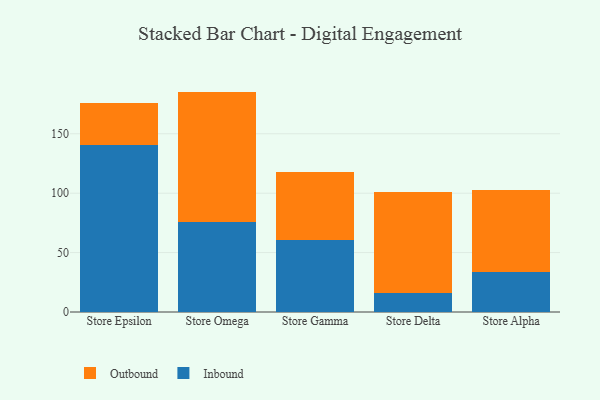
{"axis": {"x": "Store", "y": "Conversion Rate (%)"}, "legend": ["Inbound", "Outbound"], "data": [{"x": "Store Epsilon", "y": 140.9, "type": "Inbound"}, {"x": "Store Epsilon", "y": 34.6, "type": "Outbound"}, {"x": "Store Omega", "y": 75.7, "type": "Inbound"}, {"x": "Store Omega", "y": 109.8, "type": "Outbound"}, {"x": "Store Gamma", "y": 60.7, "type": "Inbound"}, {"x": "Store Gamma", "y": 56.8, "type": "Outbound"}, {"x": "Store Delta", "y": 16.0, "type": "Inbound"}, {"x": "Store Delta", "y": 84.7, "type": "Outbound"}, {"x": "Store Alpha", "y": 33.8, "type": "Inbound"}, {"x": "Store Alpha", "y": 68.5, "type": "Outbound"}]}